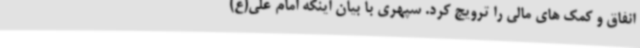
انفاق و کمک های مالی را ترویج کرد. سپهری با بیان اینکه امام علی(ع)